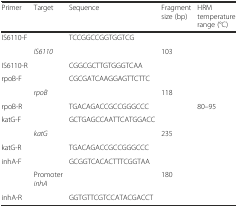
<table><thead><tr><td><b>Primer</b></td><td><b>Target</b></td><td><b>Sequence</b></td><td><b>Fragment size (bp)</b></td><td><b>HRM temperature range (°C)</b></td></tr></thead><tbody><tr><td>IS6110-F</td><td></td><td>TCCGGCCGGTGGTCG</td><td></td><td></td></tr><tr><td></td><td><i>IS6110</i></td><td></td><td>103</td><td></td></tr><tr><td>IS6110-R </td><td></td><td>CGGCGCTTGTGGGTCAA</td><td></td><td></td></tr><tr><td>rpoB-F</td><td></td><td>CGCGATCAAGGAGTTCTTC</td><td></td><td></td></tr><tr><td></td><td><i>rpoB</i></td><td></td><td>118</td><td></td></tr><tr><td>rpoB-R</td><td></td><td>TGACAGACCGCCGGGCCC</td><td></td><td>80–95</td></tr><tr><td>katG-F</td><td></td><td>GCTGAGCCAATTCATGGACC</td><td></td><td></td></tr><tr><td></td><td><i>katG</i></td><td></td><td>235</td><td></td></tr><tr><td>katG-R</td><td></td><td>TGACAGACCGCCGGGCCC</td><td></td><td></td></tr><tr><td>inhA-F</td><td></td><td>GCGGTCACACTTTCGGTAA</td><td></td><td></td></tr><tr><td></td><td>Promoter <i>inhA</i></td><td></td><td>180</td><td></td></tr><tr><td>inhA-R</td><td></td><td>GGTGTTCGTCCATACGACCT</td><td></td><td></td></tr></tbody></table>